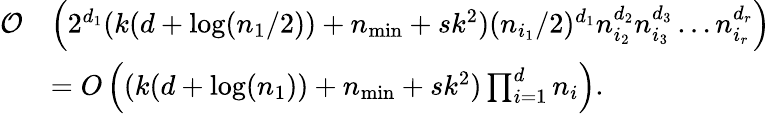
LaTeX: \begin{array}{rl}{\mathcal O}&{\left(2^{d_{1}}(k(d+\log(n_{1}/2))+n_{\operatorname*{min}}+sk^{2})(n_{i_{1}}/2)^{d_{1}}n_{i_{2}}^{d_{2}}n_{i_{3}}^{d_{3}}\dots n_{i_{r}}^{d_{r}}\right)}\\ &{=O\left((k(d+\log(n_{1}))+n_{\operatorname*{min}}+sk^{2})\prod_{i=1}^{d}n_{i}\right).}\end{array}